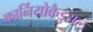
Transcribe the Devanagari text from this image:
कार्नियोकैडुअल